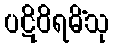
ပဋိဝိရမိံသု